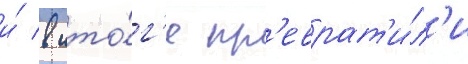
и́ в ито́г'е пр'еврат'и́л'и